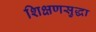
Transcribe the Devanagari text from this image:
शिक्षणसुद्धा